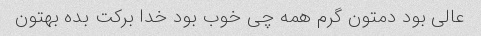
عالی بود دمتون گرم همه چی خوب بود خدا برکت بده بهتون